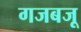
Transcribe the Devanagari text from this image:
गजबजू